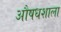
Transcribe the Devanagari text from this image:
औषधशाला